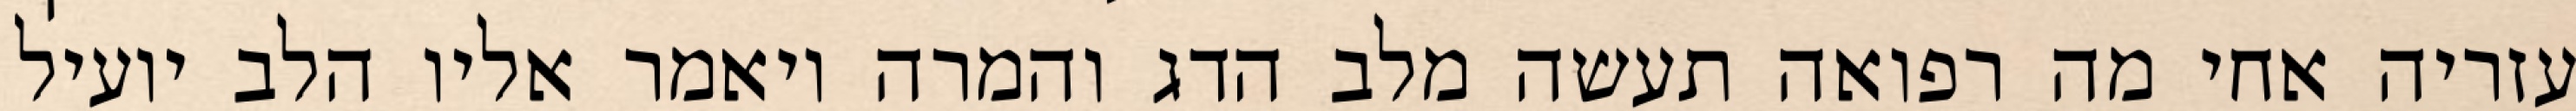
עזריה אחי מה רפואה תעשה מלב הדג והמרה ויאמר אליו הלב יועיל